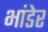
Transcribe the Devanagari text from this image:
भांडेर